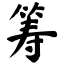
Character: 筹